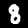
Digit: 8